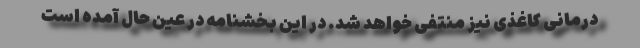
درمانی کاغذی نیز منتفی خواهد شد. در این بخشنامه در عین حال آمده است